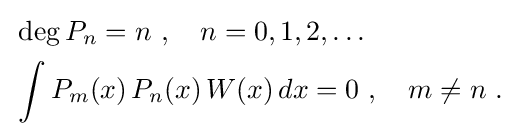
{\begin{aligned}&\deg P_{n}=n~,\quad n=0,1,2,\ldots \\&\int P_{m}(x)\,P_{n}(x)\,W(x)\,dx=0~,\quad m\neq n~.\end{aligned}}